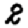
Digit: 2